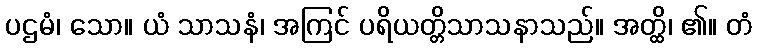
ပဌမံ၊ သော။ ယံ သာသနံ၊ အကြင် ပရိယတ္တိသာသနာသည်။ အတ္ထိ၊ ၏။ တံ